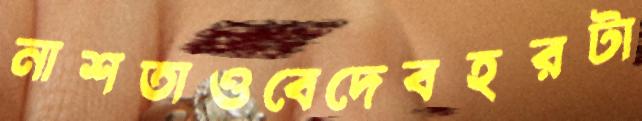
নাশতাওবেদেবহরটা